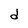
Character: d